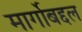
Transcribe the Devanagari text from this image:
मार्गोबद्दल